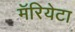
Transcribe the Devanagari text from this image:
मॅरियेटा